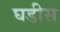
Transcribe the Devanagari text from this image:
घडीस